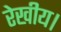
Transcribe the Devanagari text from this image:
रेखीय।